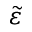
\tilde { \varepsilon }